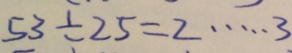
5 3 \div 2 5 = 2 \cdots 3